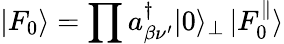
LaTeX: |F_{0}\rangle=\prod a_{\beta\nu^{\prime}}^{\dagger}|0\rangle_{\bot}\, |F_{0}^{\parallel}\rangle